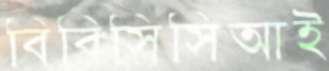
বিবিসিসিআই